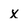
Character: X